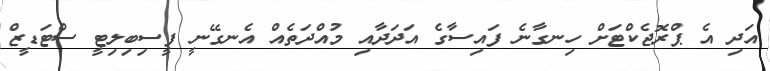
އަދި އެ ޕްރޮޖެކްޓަށް ހިނގާނެ ފައިސާގެ އަދަދާއި މުއްދަތެއް އެނގޭނީ ފީސިބިލިޓީ ސްޓަޑީޒް